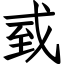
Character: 㦶